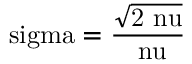
\mathrm { \ s i g m a = \frac { \sqrt { 2 \ n u } } { \ n u } }